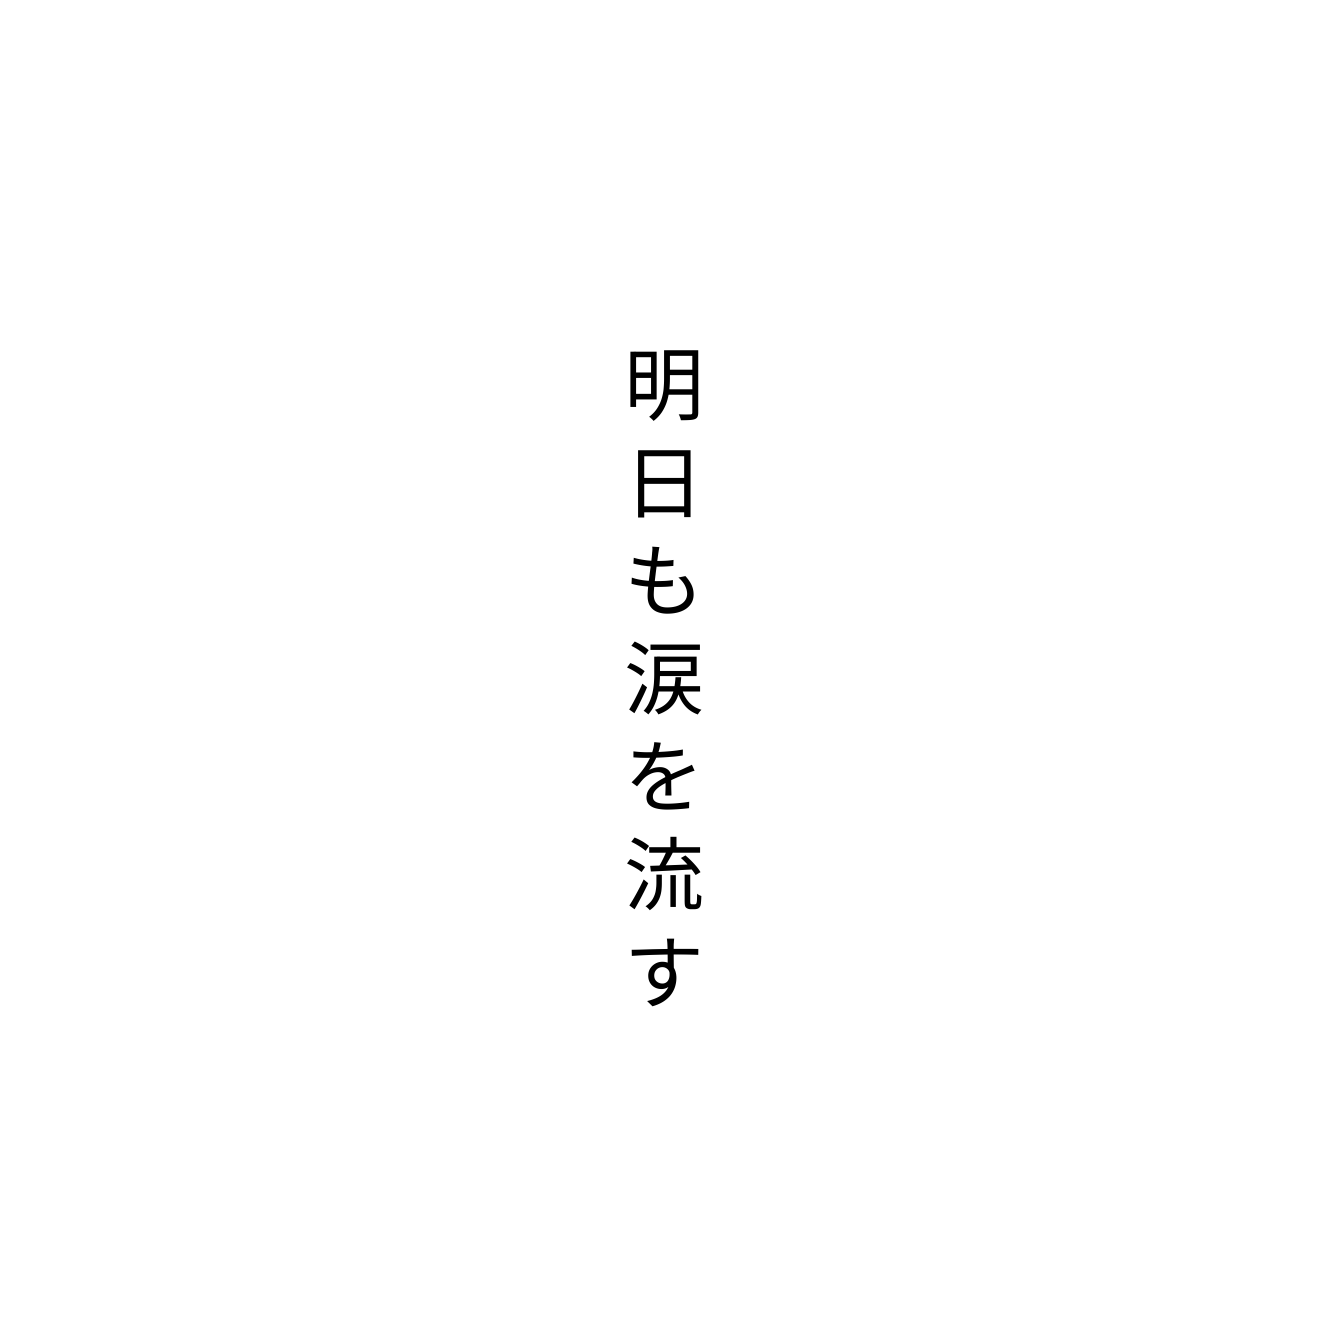
明日も涙を流す